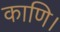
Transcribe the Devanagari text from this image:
काणि।